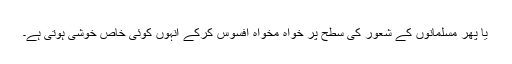
یا پھر مسلمانوں کے شعور کی سطح پر خواہ مخواہ افسوس کرکے انہوں کوئی خاص خوشی ہوتی ہے۔